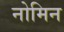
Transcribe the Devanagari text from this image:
नोमिन